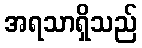
အရသာရှိသည်